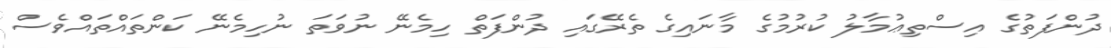
ދުންފަތުގެ އިސްތިޢުމާލު ކުރުމުގެ މާނައިގެ ތެރޭގައި ދުންފަތް ހިމެނޭ ނުވަތަ ނުހިމެނޭ ކަންތައްތައްވެސް